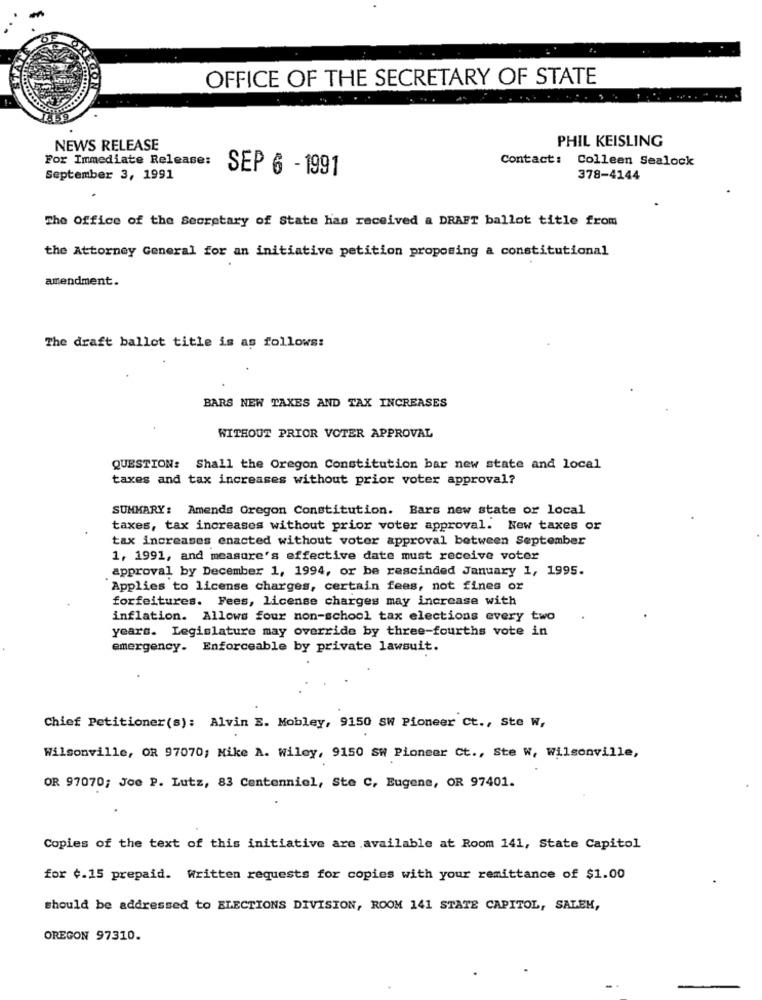
OFFICE OF THE SECRETARY OF STATE
PHIL KEISLING
NEWS RELEASE
For Immediate Release:
Contact: Colleen Sealock
SEP 6 - 1991
September 3, 1991
378-4144
The Office of the Secretary of State has received a DRAFT ballot title from
the Attorney General for an initiative petition proposing a constitutional
amendment.
The draft ballot title is as follows:
BARS NEW TAXES AND TAX INCREASES
WITHOUT PRIOR VOTER APPROVAL
QUESTION: Shall the Oregon Constitution bar new state and local
taxes and tax increases without prior voter approval?
SUMMARY: Amends Oregon Constitution. Bars new state or local
taxes, tax increases without prior voter approval. New taxes or
tax increases enacted without voter approval between September
1, 1991, and measure's effective date must receive voter
approval by December 1, 1994, or be rescinded January 1, 1995.
Applies to license charges, certain fees, not fines or
forfeitures. Fees, License charges may increase with
inflation. Allows four non-school tax elections every two
years. Legislature may override by three-fourths vote in
emergency. Enforceable by private lawsuit.
Chief Petitioner(s): Alvin E. Mobley, 9150 SW Pioneer Ct ., Ste W,
Wilsonville, OR 97070; Mike A. Wiley, 9150 SW Pioneer Ct ., Ste W, Wilsonville,
OR 97070; Joe P. Lutz, 83 Centennial, Ste C, Eugene, OR 97401.
Copies of the text of this initiative are available at Room 141, State Capitol
for ¢.15 prepaid. Written requests for copies with your remittance of $1.00
should be addressed to ELECTIONS DIVISION, ROOM 141 STATE CAPITOL, SALEK,
OREGON 97310.